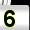
Digit: 5